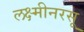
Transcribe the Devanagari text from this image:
लक्ष्मीनरसू